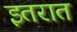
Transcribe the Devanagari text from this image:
इतरात